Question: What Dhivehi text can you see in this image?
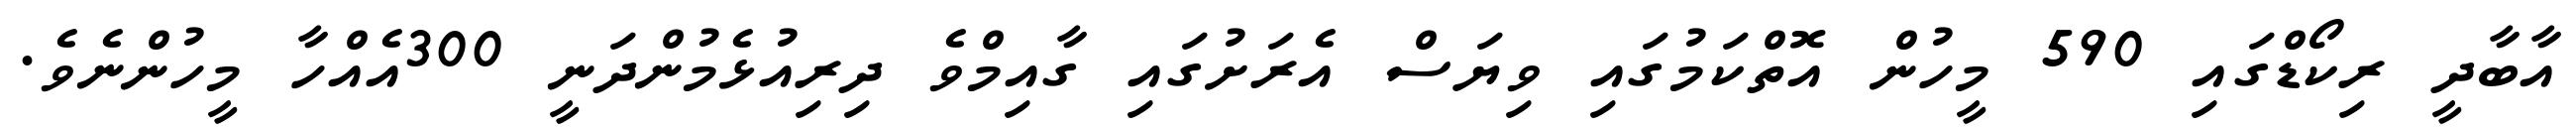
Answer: އާބާދީ ރިކޯޑްގައި 590 މީހުން އޮތްކަމުގައި ވިޔަސް އެރަށުގައި ގާއިމްވެ ދިރިއުޅެމުންދަނީ 300އެއްހާ މީހުންނެވެ.